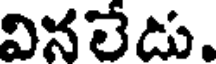
వినలేడు.